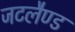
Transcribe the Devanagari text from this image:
जटलैण्ड